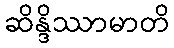
ဆိန္ဒိဿာမာတိ